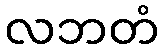
လဘတံ